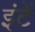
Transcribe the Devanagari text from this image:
इंटें